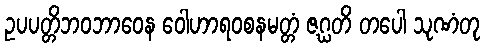
ဥပပတ္တိဘဝဘာဝေန ဝေါဟာရဝစနမတ္တံ ဇဂ္ဃတိ တပေါ သုဏံတု